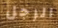
الرجل